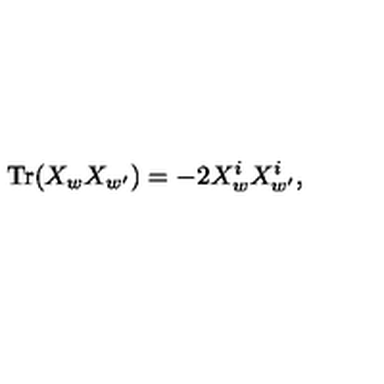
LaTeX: \mathrm { T r } ( X _ { w } X _ { w ^ { \prime } } ) = - 2 X _ { w } ^ { i } X _ { w ^ { \prime } } ^ { i } ,